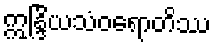
ဣန္ဒြိယသံဝရောတိဿ